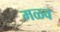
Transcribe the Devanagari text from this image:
मळव